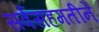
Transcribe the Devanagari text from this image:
सर्वसहमतीने